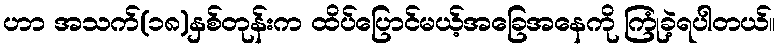
ဟာ အသက်(၁၈)နှစ်တုန်းက ထိပ်ပြောင်မယ့်အခြေအနေကို ကြုံခဲ့ရပါတယ်။